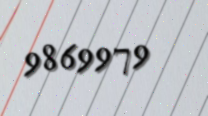
9869979